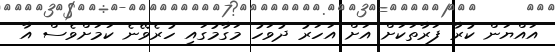
އައްޔަން ކުރާ ފަރާތަކަށް އަށް އަހަރު ދުވަހު މަގާމުގައި ހުރެވޭނެ ކަމަށްވެސް އާ